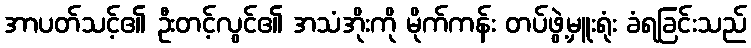
အာပတ်သင့်၏ ဦးတင့်လွင်၏ အသံအိုးကို မိုက်ကန်း တပ်ဖွဲ့မှူးရုံး ခံရခြင်းသည်